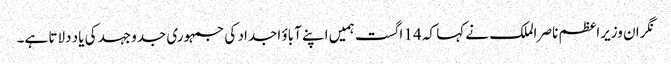
نگران وزیراعظم ناصر الملک نے کہا کہ 14 اگست ہمیں اپنے آباؤ اجداد کی جمہوری جدوجہد کی یاد دلاتا ہے۔